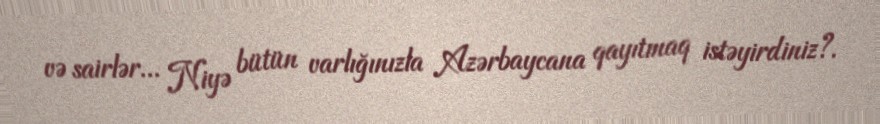
və sairlər... Niyə bütün varlığınızla Azərbaycana qayıtmaq istəyirdiniz?.